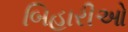
બિહારીઓ